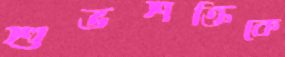
শুভশক্তিকে